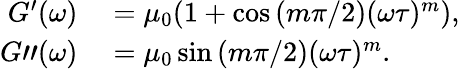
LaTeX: \begin{array}{rl}{G^{\prime}(\omega)}&{{}=\mu_{0}(1+\cos\left(m\pi/2\right)(\omega\tau)^{m}),}\\ {G"(\omega)}&{{}=\mu_{0}\sin\left(m\pi/2\right)(\omega\tau)^{m}.}\end{array}